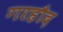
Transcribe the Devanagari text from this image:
गरहौद